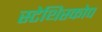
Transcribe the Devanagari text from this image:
स्टेथिस्कोप